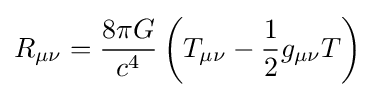
R_{\mu \nu }={\frac {8\pi G}{c^{4}}}\left(T_{\mu \nu }-{\frac {1}{2}}g_{\mu \nu }T\right)